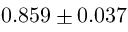
0 . 8 5 9 \pm 0 . 0 3 7